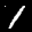
Label: 1